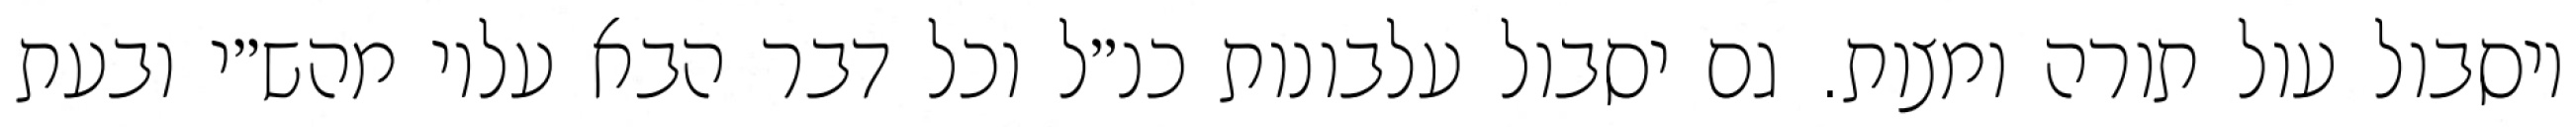
ויסבול עול תורה ומצות. גם יסבול עלבונות כנ״ל וכל דבר הבא עליו מהש״י ובעת